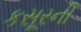
કસૂરની